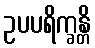
ဥပပရိက္ခန္တိ